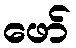
ဖော်